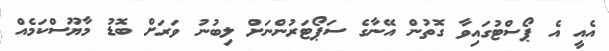
އެއީ އެ ޕޯސްޓުގައިވާ ގޮތުން އޭނާގެ ސަޕޯޓަރުންނަށް ލިބުނު ވަރަށް ބޮޑު މާޔޫސްކަމެއް